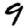
Digit: 9